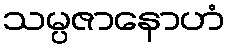
သမ္ပဇာနောဟံ